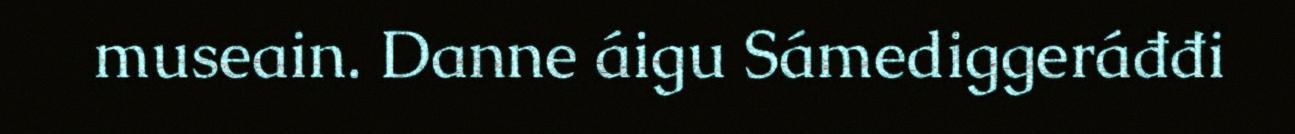
museain. Danne áigu Sámediggeráđđi